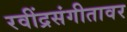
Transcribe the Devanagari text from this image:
रवींद्रसंगीतावर